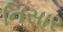
નિસાર